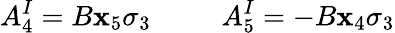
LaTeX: A_{4}^{I}=B\mathbf{x}_{5}\sigma_{3}~~~~~~~~~~A_{5}^{I}=-B\mathbf{x}_{4}\sigma_{3}